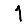
Digit: 1